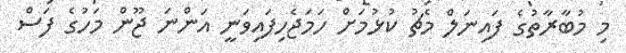
މި މުބާރާތުގެ ފައިނަލް މެޗު ކުޅުމަށް ހަމަޖެހިފައިވަނީ އަންނަ ޖޫން މަހުގެ ފަސް